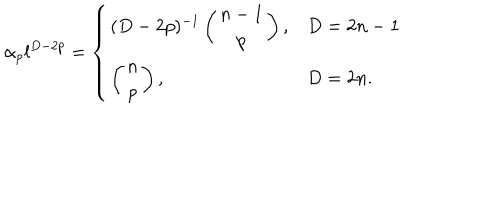
\alpha _ { p } l ^ { D - 2 p } = \left\{ \begin{array} { l l } { { ( D - 2 p ) ^ { - 1 } \left( \begin{array} { c } { { n - 1 } } \\ { { p } } \\ \end{array} \right) , } } & { { D = 2 n - 1 } } \\ { { \left( \begin{array} { c } { { n } } \\ { { p } } \\ \end{array} \right) , } } & { { D = 2 n . } } \\ \end{array} \right.